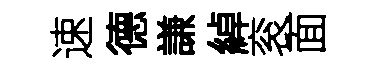
速德謙綽衮面